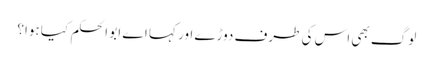
لوگ بھی اس کی طرف دوڑے اور کہا اے ابو الحکم کیا ہوا؟